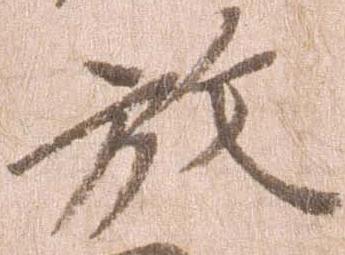
放